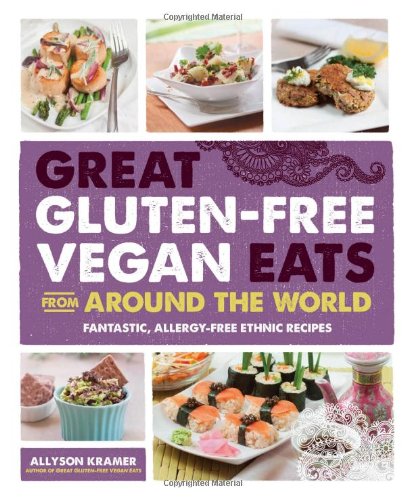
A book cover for Great Gluten-Free Vegan Eats From Around the World: Fantastic, Allergy-Free Ethnic Recipes; Allyson Kramer; Cookbooks, Food & Wine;